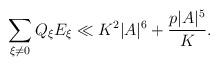
LaTeX: \begin{align*} \sum_{\xi\not=0}Q_\xi E_\xi \ll K^2|A|^6 + \frac{p|A|^5}K.\end{align*}